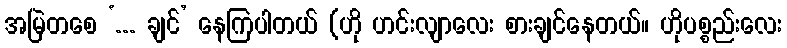
အမြဲတစေ ‘... ချင်’ နေကြပါတယ် (ဟို ဟင်းလျာလေး စားချင်နေတယ်။ ဟိုပစ္စည်းလေး